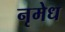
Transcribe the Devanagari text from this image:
नृमेध